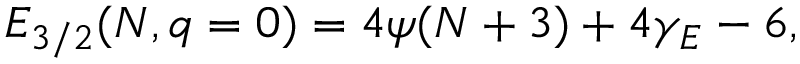
{ \cal E } _ { 3 / 2 } ( N , q = 0 ) = 4 \psi ( N + 3 ) + 4 \gamma _ { E } - 6 ,